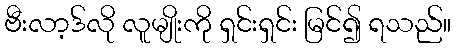
ဗီးလာ့ဒ်လို လူမျိုးကို ရှင်းရှင်း မြင်၍ ရသည်။